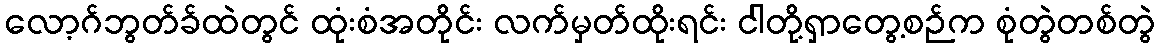
လော့ဂ်ဘွတ်ခ်ထဲတွင် ထုံးစံအတိုင်း လက်မှတ်ထိုးရင်း ငါတို့ရှာတွေ့စဉ်က စုံတွဲတစ်တွဲ